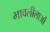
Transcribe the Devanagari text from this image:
भावलीलाओं